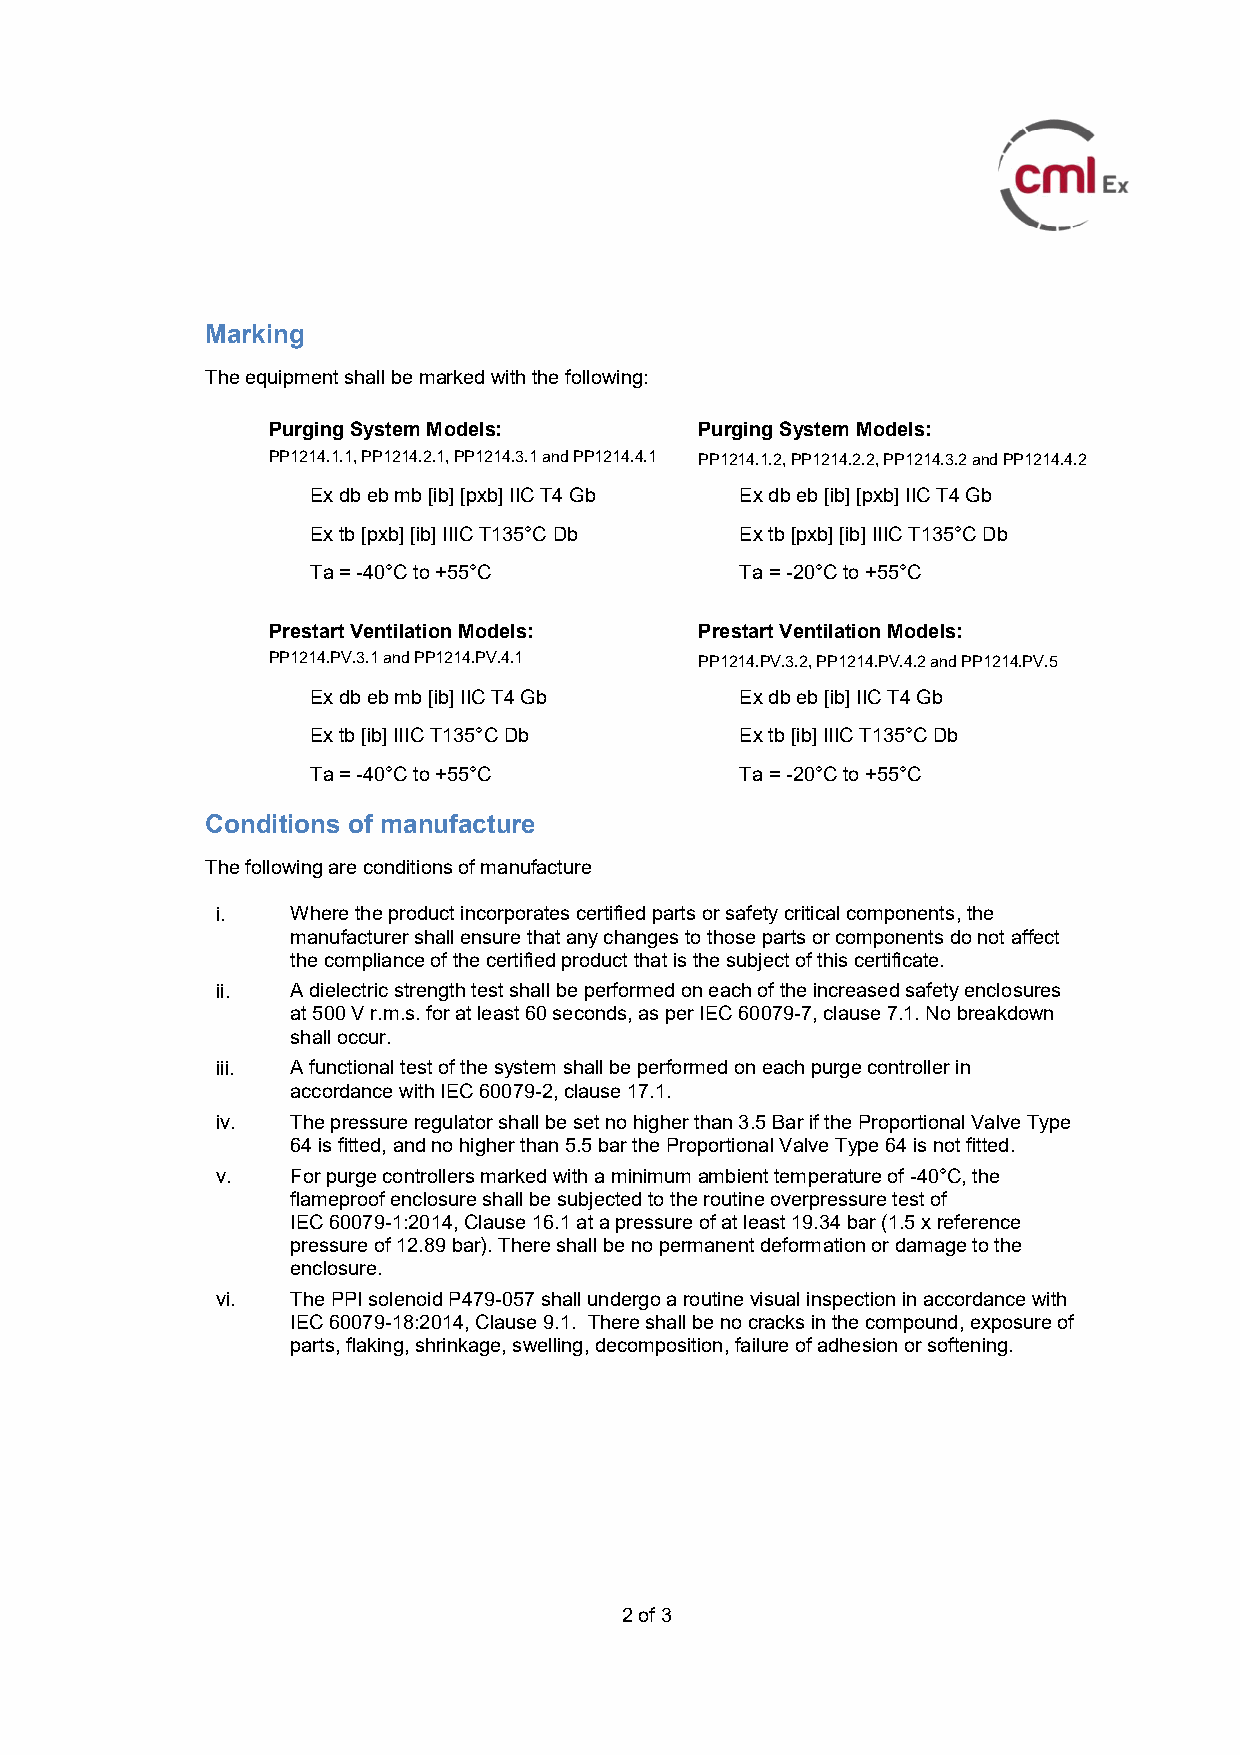
Marking
 The equipment shall be marked with the following:
 Purging System Models:      Purging System Models:
 PP1214.1.1, PP1214.2.1, PP1214.3.1 and PP1214.4.1 PP1214.1.2, PP1214.2.2, PP1214.3.2 and PP1214.4.2
 Ex db eb mb [ib] [pxb] IIC T4 Gb Ex db eb [ib] [pxb] IIC T4 Gb
 Ex tb [pxb] [ib] IIIC T135°C Db Ex tb [pxb] [ib] IIIC T135°C Db
 Ta = -40°C to +55°C         Ta = -20°C to +55°C
 Prestart Ventilation Models: Prestart Ventilation Models:
 PP1214.PV.3.1 and PP1214.PV.4.1 PP1214.PV.3.2, PP1214.PV.4.2 and PP1214.PV.5
 Ex db eb mb [ib] IIC T4 Gb  Ex db eb [ib] IIC T4 Gb
 Ex tb [ib] IIIC T135°C Db   Ex tb [ib] IIIC T135°C Db
 Ta = -40°C to +55°C         Ta = -20°C to +55°C
 Conditions of manufacture
 The following are conditions of manufacture
 i.   Where the product incorporates certified parts or safety critical components, the
 manufacturer shall ensure that any changes to those parts or components do not affect
 the compliance of the certified product that is the subject of this certificate.
 ii.  A dielectric strength test shall be performed on each of the increased safety enclosures
 at 500 V r.m.s. for at least 60 seconds, as per IEC 60079-7, clause 7.1. No breakdown
 shall occur.
 iii. A functional test of the system shall be performed on each purge controller in
 accordance with IEC 60079-2, clause 17.1.
 iv.  The pressure regulator shall be set no higher than 3.5 Bar if the Proportional Valve Type
 64 is fitted, and no higher than 5.5 bar the Proportional Valve Type 64 is not fitted.
 v.   For purge controllers marked with a minimum ambient temperature of -40°C, the
 flameproof enclosure shall be subjected to the routine overpressure test of
 IEC 60079-1:2014, Clause 16.1 at a pressure of at least 19.34 bar (1.5 x reference
 pressure of 12.89 bar). There shall be no permanent deformation or damage to the
 enclosure.
 vi. The PPI solenoid P479-057 shall undergo a routine visual inspection in accordance with
 IEC 60079-18:2014, Clause 9.1. There shall be no cracks in the compound, exposure of
 parts, flaking, shrinkage, swelling, decomposition, failure of adhesion or softening.
 2 of 3